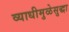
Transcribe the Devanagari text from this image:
व्याधीमुळेसुद्धा